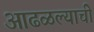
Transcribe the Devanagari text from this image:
आढळल्याची